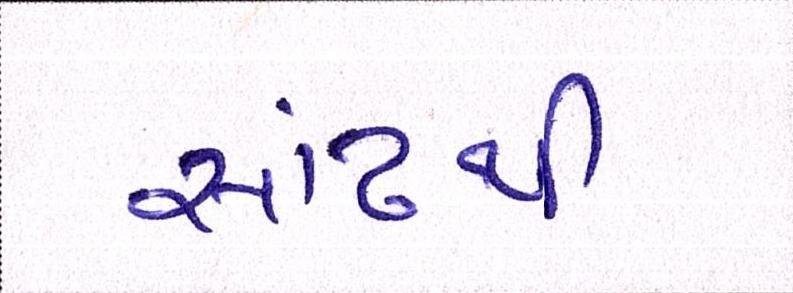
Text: સાંઢથી